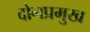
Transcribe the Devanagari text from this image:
दोनप्रमुख